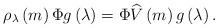
LaTeX: \begin{align*}\rho_{\lambda}\left( m\right) \Phi g\left( \lambda\right) =\Phi\widehat{V}\left( m\right) g\left( \lambda\right) .\end{align*}